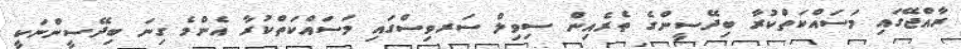
ރާއްޖޭގައި މަސައްކަތްކުރާ ބިދޭސީންގެ ތެރެއިން ސިވިލް ސަރވިސްގައި މަސައްކަތްކުރާ އެންމެ ގިނަ ބިދޭސީންނަކީ